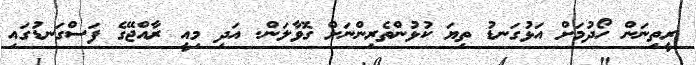
ރީތިނަން ހޯދުމަށް އަޅުގަނޑު ތިޔަ ކުޅުންތެރިންނަށް ގޮވާލަން. އަދި މިއީ ރާއްޖޭގެ ފަސްގަނޑުގައި